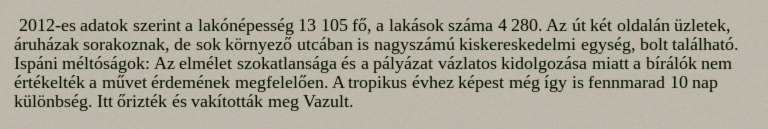
2012-es adatok szerint a lakónépesség 13 105 fő, a lakások száma 4 280. Az út két oldalán üzletek, áruházak sorakoznak, de sok környező utcában is nagyszámú kiskereskedelmi egység, bolt található. Ispáni méltóságok: Az elmélet szokatlansága és a pályázat vázlatos kidolgozása miatt a bírálók nem értékelték a művet érdemének megfelelően. A tropikus évhez képest még így is fennmarad 10 nap különbség. Itt őrizték és vakították meg Vazult.